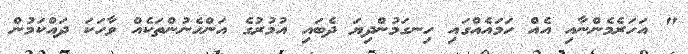
" އަހަރެމެންނާއި އެއް ހަމައެއްގައި ހިނގަމުންދިޔަ ދެބައި އުމުރުގެ އަންހެނުންތަކެއް ވާހަކަ ދައްކަމުން